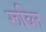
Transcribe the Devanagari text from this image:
रूब्लि